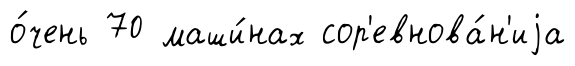
о́чень 70 маши́нах сор'евнова́н'иjа